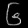
Digit: ၆